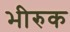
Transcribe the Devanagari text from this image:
भीरुक